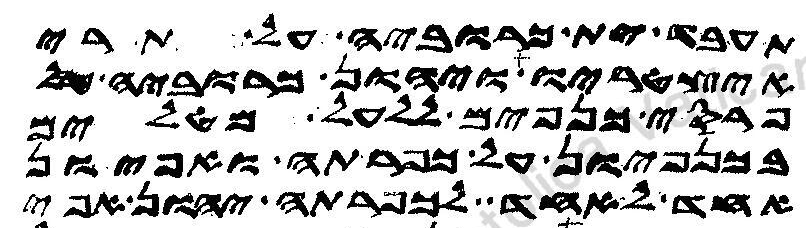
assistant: תעבד ית כרוביה על תרי
אצטריו ויהון כרוביה
פרסי כנפים ללעל מטלים
בכנפיון על כפרתה ואפיון
אחד לאחד לכפרתה יהון אפי